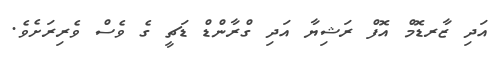
އަދި ޒާރޑޮމް އޮފް ރަޝިޔާ އަދި ގްރާންޑް ޑަޗީ ގެ ވެސް ވެރިރަށެވެ.